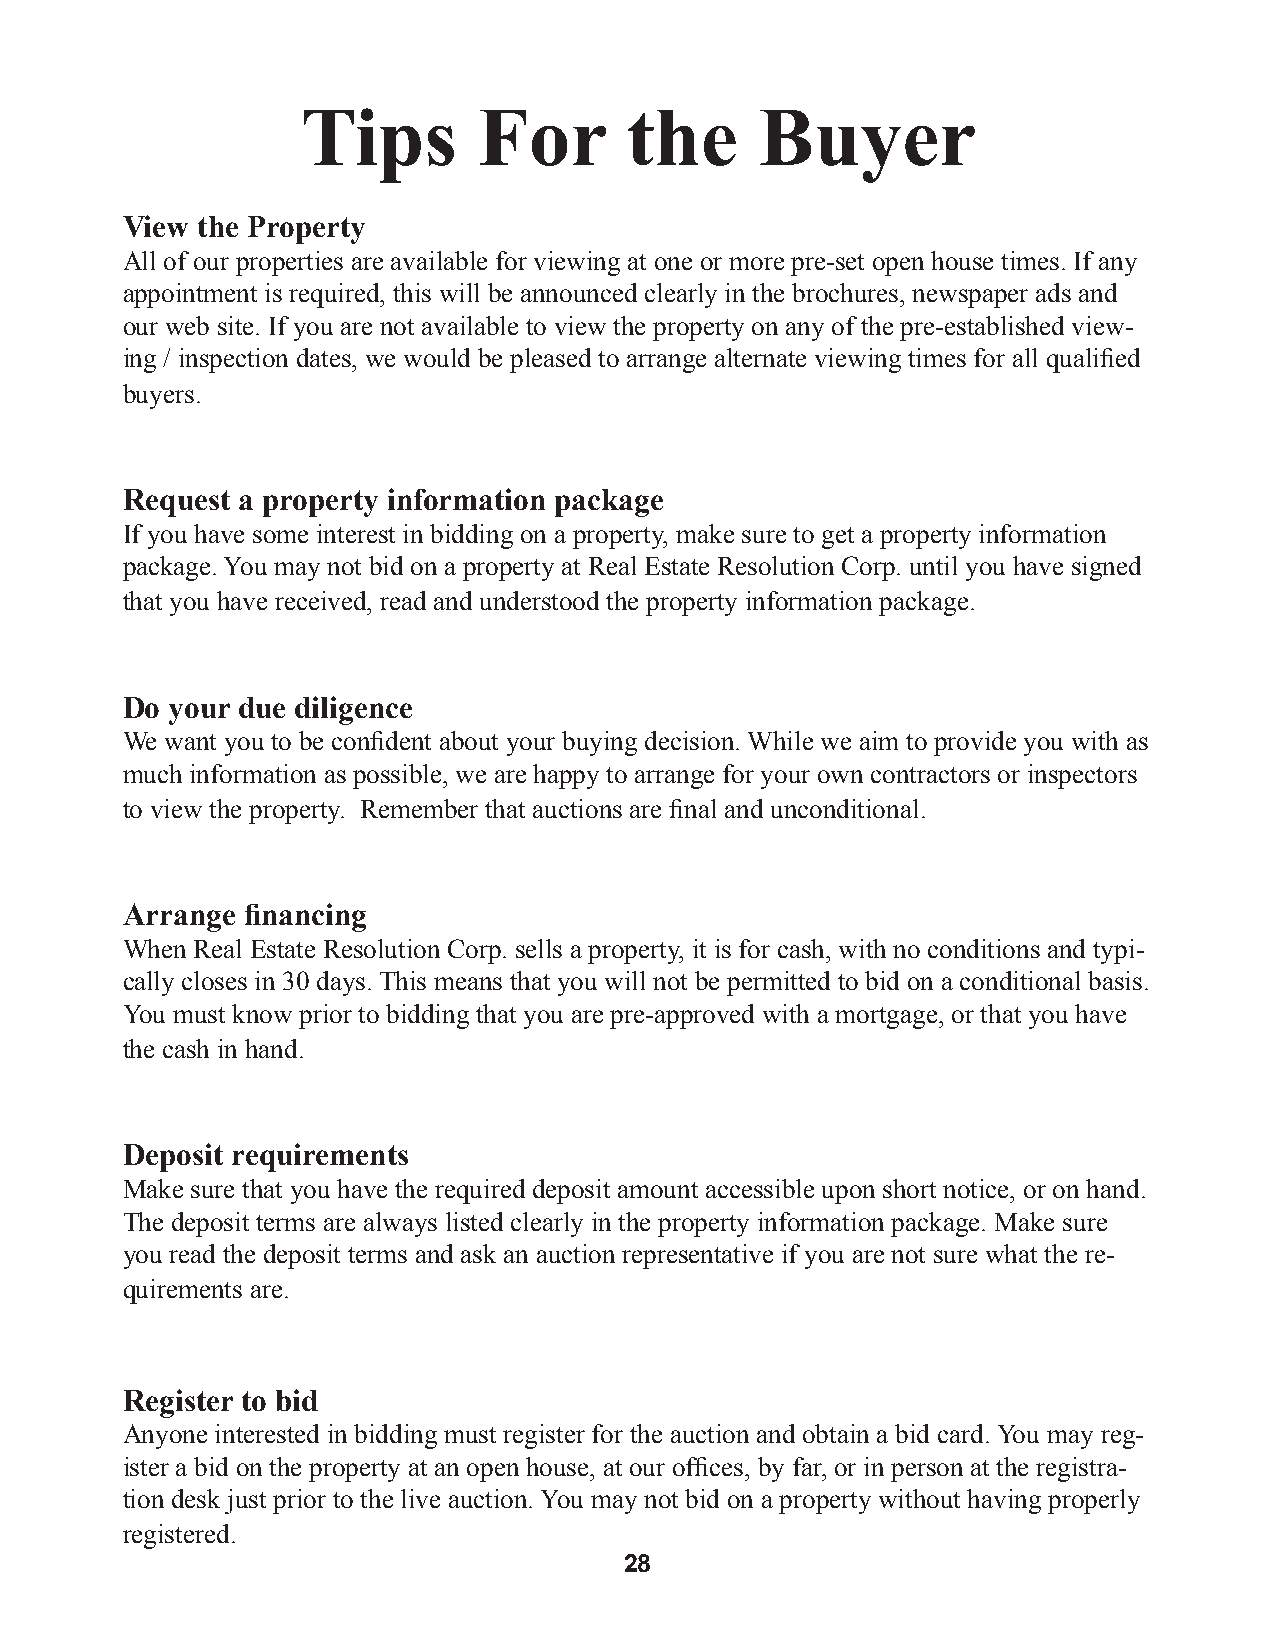
Tips        For      the      Buyer
 View the Property
 All of our properties are available for viewing at one or more pre-set open house times. If any
 appointment is required, this will be announced clearly in the brochures, newspaper ads and
 our web site. If you are not available to view the property on any of the pre-established view-
 ing / inspection dates, we would be pleased to arrange alternate viewing times for all qualified
 buyers.
 Request a property information package
 If you have some interest in bidding on a property, make sure to get a property information
 package. You may not bid on a property at Real Estate Resolution Corp. until you have signed
 that you have received, read and understood the property information package.
 Do your due diligence
 We want you to be confident about your buying decision. While we aim to provide you with as
 much information as possible, we are happy to arrange for your own contractors or inspectors
 to view the property. Remember that auctions are final and unconditional.
 Arrange financing
 When Real Estate Resolution Corp. sells a property, it is for cash, with no conditions and typi-
 cally closes in 30 days. This means that you will not be permitted to bid on a conditional basis.
 You must know prior to bidding that you are pre-approved with a mortgage, or that you have
 the cash in hand.
 Deposit requirements
 Make sure that you have the required deposit amount accessible upon short notice, or on hand.
 The deposit terms are always listed clearly in the property information package. Make sure
 you read the deposit terms and ask an auction representative if you are not sure what the re-
 quirements are.
 Register to bid
 Anyone interested in bidding must register for the auction and obtain a bid card. You may reg-
 ister a bid on the property at an open house, at our offices, by far, or in person at the registra-
 tion desk just prior to the live auction. You may not bid on a property without having properly
 registered.
 28